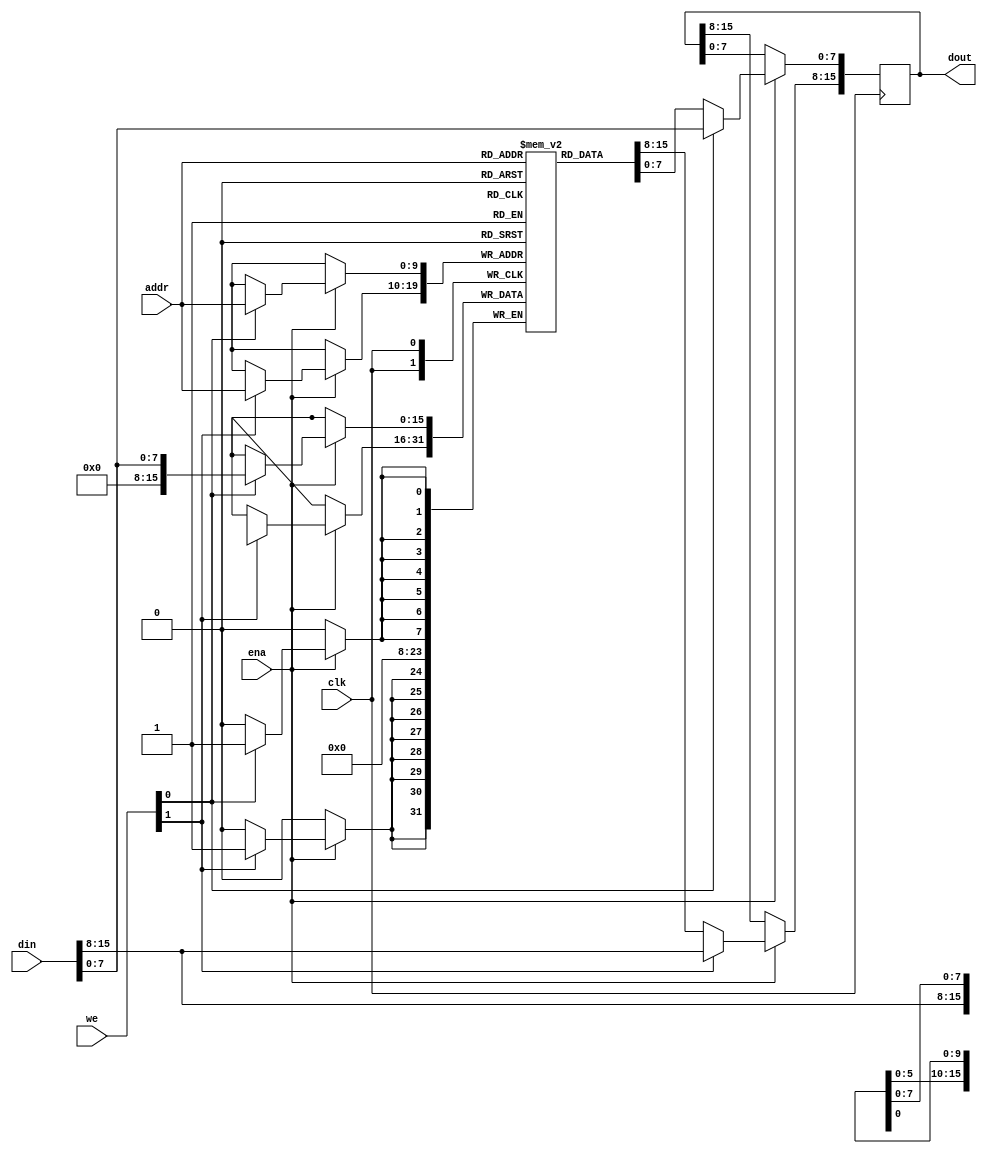
module bytewrite_sp_ram_wf_logic
#(
//--------------------------------------------------------------------------
parameter NUM_COL = 2, // 2 columns of 1 byte each make : 16 bits
parameter COL_WIDTH = 8, //1 byte
parameter ADDR_WIDTH = 10, // Addr Width in bits : 2 *ADDR_WIDTH = RAM Depth ---> 2^10 = 1024
parameter DATA_WIDTH = NUM_COL*COL_WIDTH // Data Width in bits
//--------------------------------------------------------------------------
) (
input clk,
input ena,
input [NUM_COL-1:0] we,
input [ADDR_WIDTH-1:0] addr,
input [DATA_WIDTH-1:0] din,
output reg [DATA_WIDTH-1:0] dout
);

(* ram_style = "logic" *)
reg [DATA_WIDTH-1:0] ram [(2**ADDR_WIDTH)-1:0];
integer i;

always @ (posedge clk) 
begin
	if(ena) 
	begin
		for(i=0;i<NUM_COL;i=i+1) 
		begin
			if(we[i]) 
			begin
				ram[addr][i*COL_WIDTH +: COL_WIDTH] <= din[i*COL_WIDTH +: COL_WIDTH];
				dout[i*COL_WIDTH +: COL_WIDTH] <= din[i*COL_WIDTH +: COL_WIDTH];
			end
			else
				dout[i*COL_WIDTH +: COL_WIDTH] <= ram[addr][i*COL_WIDTH +: COL_WIDTH];
		end
	end
end

endmodule